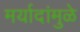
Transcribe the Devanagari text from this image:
मर्यादांमुळे